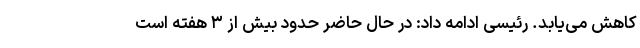
کاهش می‌یابد. رئیسی ادامه داد: در حال حاضر حدود بیش از ۳ هفته است